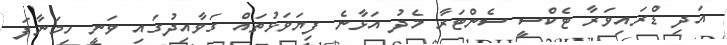
އަދި ޑްރައިވަރާ ޓެކްސީ ސެންޓަރާ މެދު އަޅާނެ ފިޔަވަޅުތައް ގަވާއިދުގައި ވަނީ ހިމަނާފަ